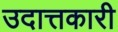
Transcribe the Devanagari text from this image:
उदात्तकारी